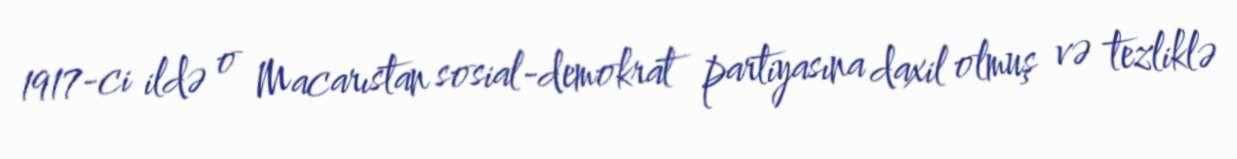
1917-ci ildə o Macarıstan sosial-demokrat partiyasına daxil olmuş və tezliklə